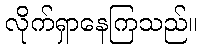
လိုက်ရှာနေကြသည်။